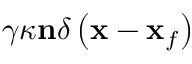
\gamma \kappa \mathbf { n } \delta \left( \mathbf { x } - \mathbf { x } _ { f } \right)